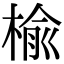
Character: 榆